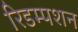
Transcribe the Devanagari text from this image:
रिडम्‍पशन